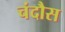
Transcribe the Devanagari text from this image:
चंदौस